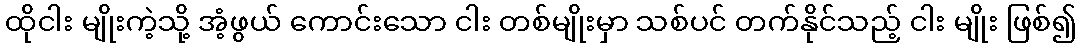
ထိုငါး မျိုးကဲ့သို့ အံ့ဖွယ် ကောင်းသော ငါး တစ်မျိုးမှာ သစ်ပင် တက်နိုင်သည့် ငါး မျိုး ဖြစ်၍